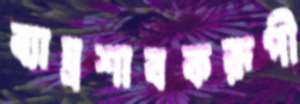
ব্যাঘ্রশাবকরূপী